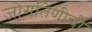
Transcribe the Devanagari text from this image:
जोगतिणीची